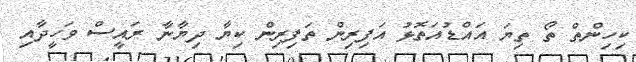
ކިހިންތް ތޯ ތިޔަ އައްޑުއަތޮޅު އަފިރިން ތަފިރިން ކިޔާ ދިޔާނާ ރައީސް ވަހީދާއި